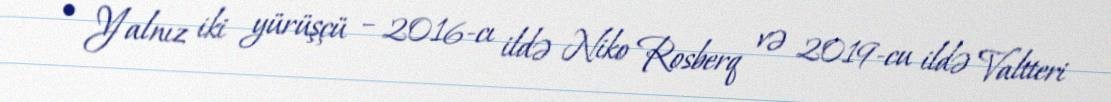
• Yalnız iki yürüşçü – 2016-cı ildə Niko Rosberq və 2019-cu ildə Valtteri